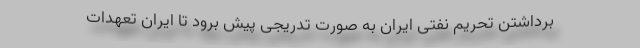
برداشتن تحریم نفتی ایران به صورت تدریجی پیش برود تا ایران تعهدات